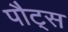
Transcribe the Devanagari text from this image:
पौट्स